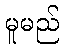
မူမည်